Problem: 4 × 8 = ?
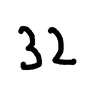
Handwritten answer: 32